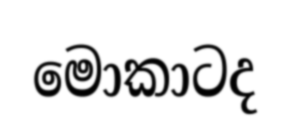
මොකාටද